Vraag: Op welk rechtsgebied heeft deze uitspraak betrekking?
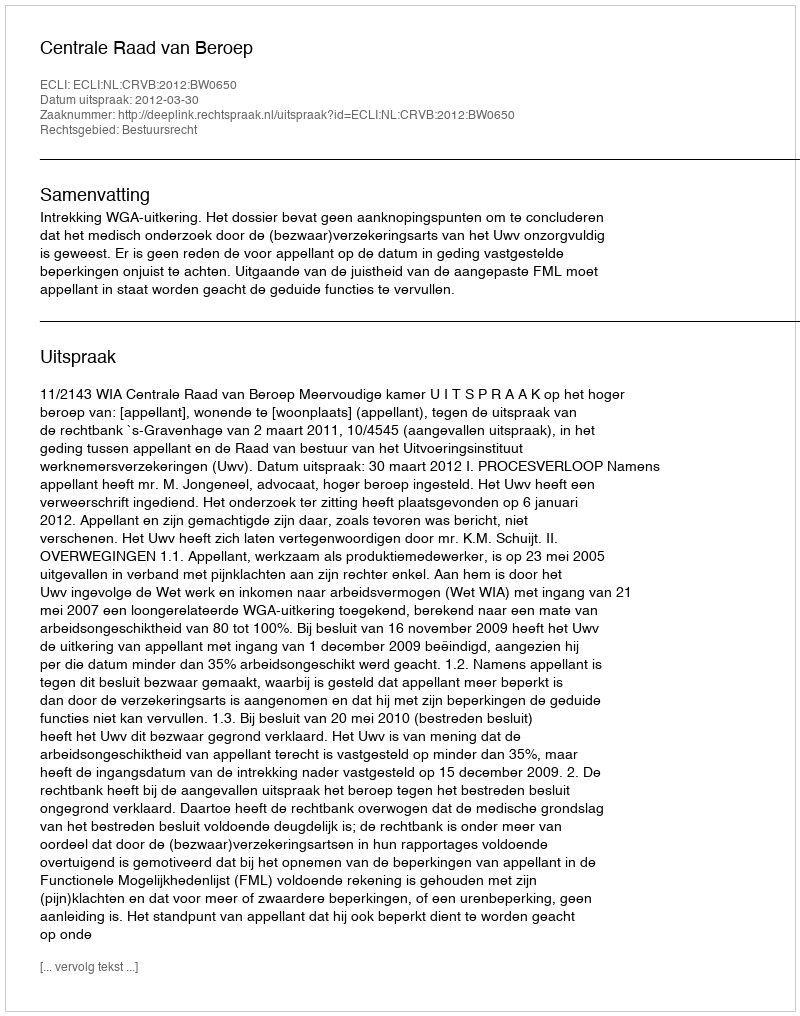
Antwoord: Bestuursrecht